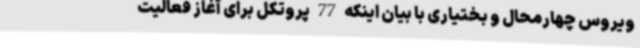
ویروس چهارمحال و بختیاری با بیان اینکه 77 پروتکل برای آغاز فعالیت